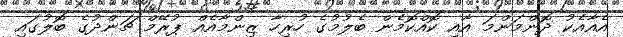
އެއާއެކު ދޮންމަންމަ އާއި ކޮއްކޮމެން ބެލުމުގެ ހުރިހާ ޒިންމާއެއް ޕުރޭމް ޗަންދުގެ ބޮލުގައި